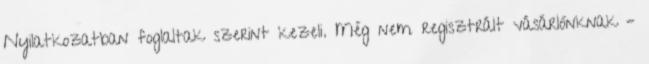
Nyilatkozatban foglaltak szerint kezeli. Még nem regisztrált vásárlónknak –